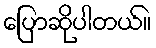
ပြောဆိုပါတယ်။